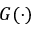
G ( \cdot )